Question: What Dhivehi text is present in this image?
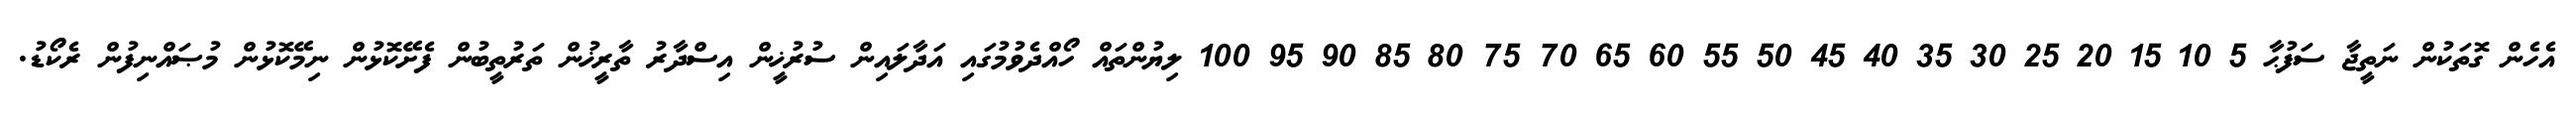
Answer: އެހެން ގޮތަކުން ނަތީޖާ ސަފުޙާ 5 10 15 20 25 30 35 40 45 50 55 60 65 70 75 80 85 90 95 100 ލިޔުންތައް ހޯއްދެވުމުގައި އަދާލައިން ސުރުޚީން އިސްދާރު ތާރީޚުން ތަރުތީބުން ފެށޭކޮޅުން ނިމޭކޮޅުން މުޞައްނިފުން ރެކޯޑު.